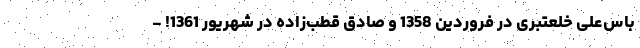
باس‌علی خلعتبری در فروردین 1358 و صادق قطب‌زاده در شهریور 1361! -